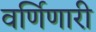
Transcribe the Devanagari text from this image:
वर्णिणारी